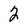
Character: 2